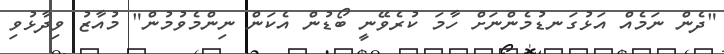
"ދެން ނަމެއް އަޅުގަނޑުމެންނަށް ހާމަ ކުރެވޭނީ ބޯޑުން އެކަން ނިންމެވުމުން" މުއާޒު ވިދާޅުވި